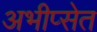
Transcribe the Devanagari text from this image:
अभीप्सेत